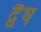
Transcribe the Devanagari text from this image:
द्वैष